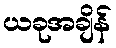
ယခုအချိန်